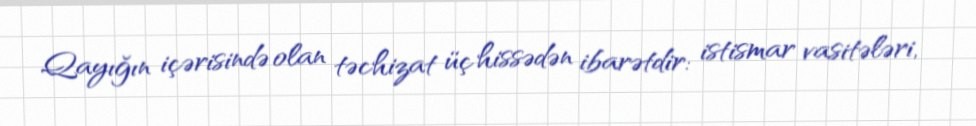
Qayığın içərisində olan təchizat üç hissədən ibarətdir: istismar vasitələri,